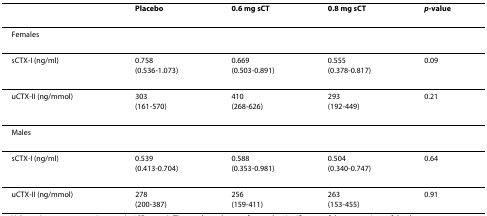
|  | Placebo | 0.6 mg sCT | 0.8 mg sCT | p-value |
 | --- | --- | --- | --- | --- |
 | Females |  |  |  |  |
 | sCTX-I (ng/ml) | 0.758(0.536-1.073) | 0.669(0.503-0.891) | 0.555(0.378-0.817) | 0.09 |
 | uCTX-II (ng/mmol) | 303(161-570) | 410(268-626) | 293(192-449) | 0.21 |
 | Males |  |  |  |  |
 | sCTX-I (ng/ml) | 0.539(0.413-0.704) | 0.588(0.353-0.981) | 0.504(0.340-0.747) | 0.64 |
 | uCTX-II (ng/mmol) | 278(200-387) | 256(159-411) | 263(153-455) | 0.91 |